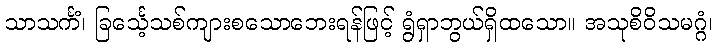
သာသင်္ကံ၊ ခြင်္သေ့သစ်ကျားစသောဘေးရန်ဖြင့် ရွံရှာဘွယ်ရှိထသော။ အသုစိဝိသမဂ္ဂံ၊